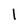
Character: 1